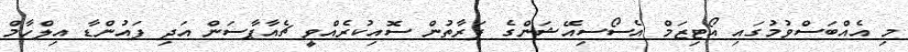
މި އެއްބަސްވުމުގައި އޯޓިޒަމް އެސޯސިއޭޝަންގެ ފަރާތުން ސޮއިކުރެއްވީ ޗެއާޕާސަން އަދި ފައުންޑާ އިލްހާމް